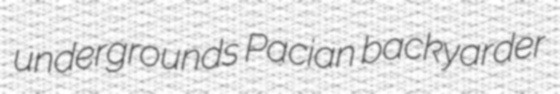
undergrounds Pacian backyarder